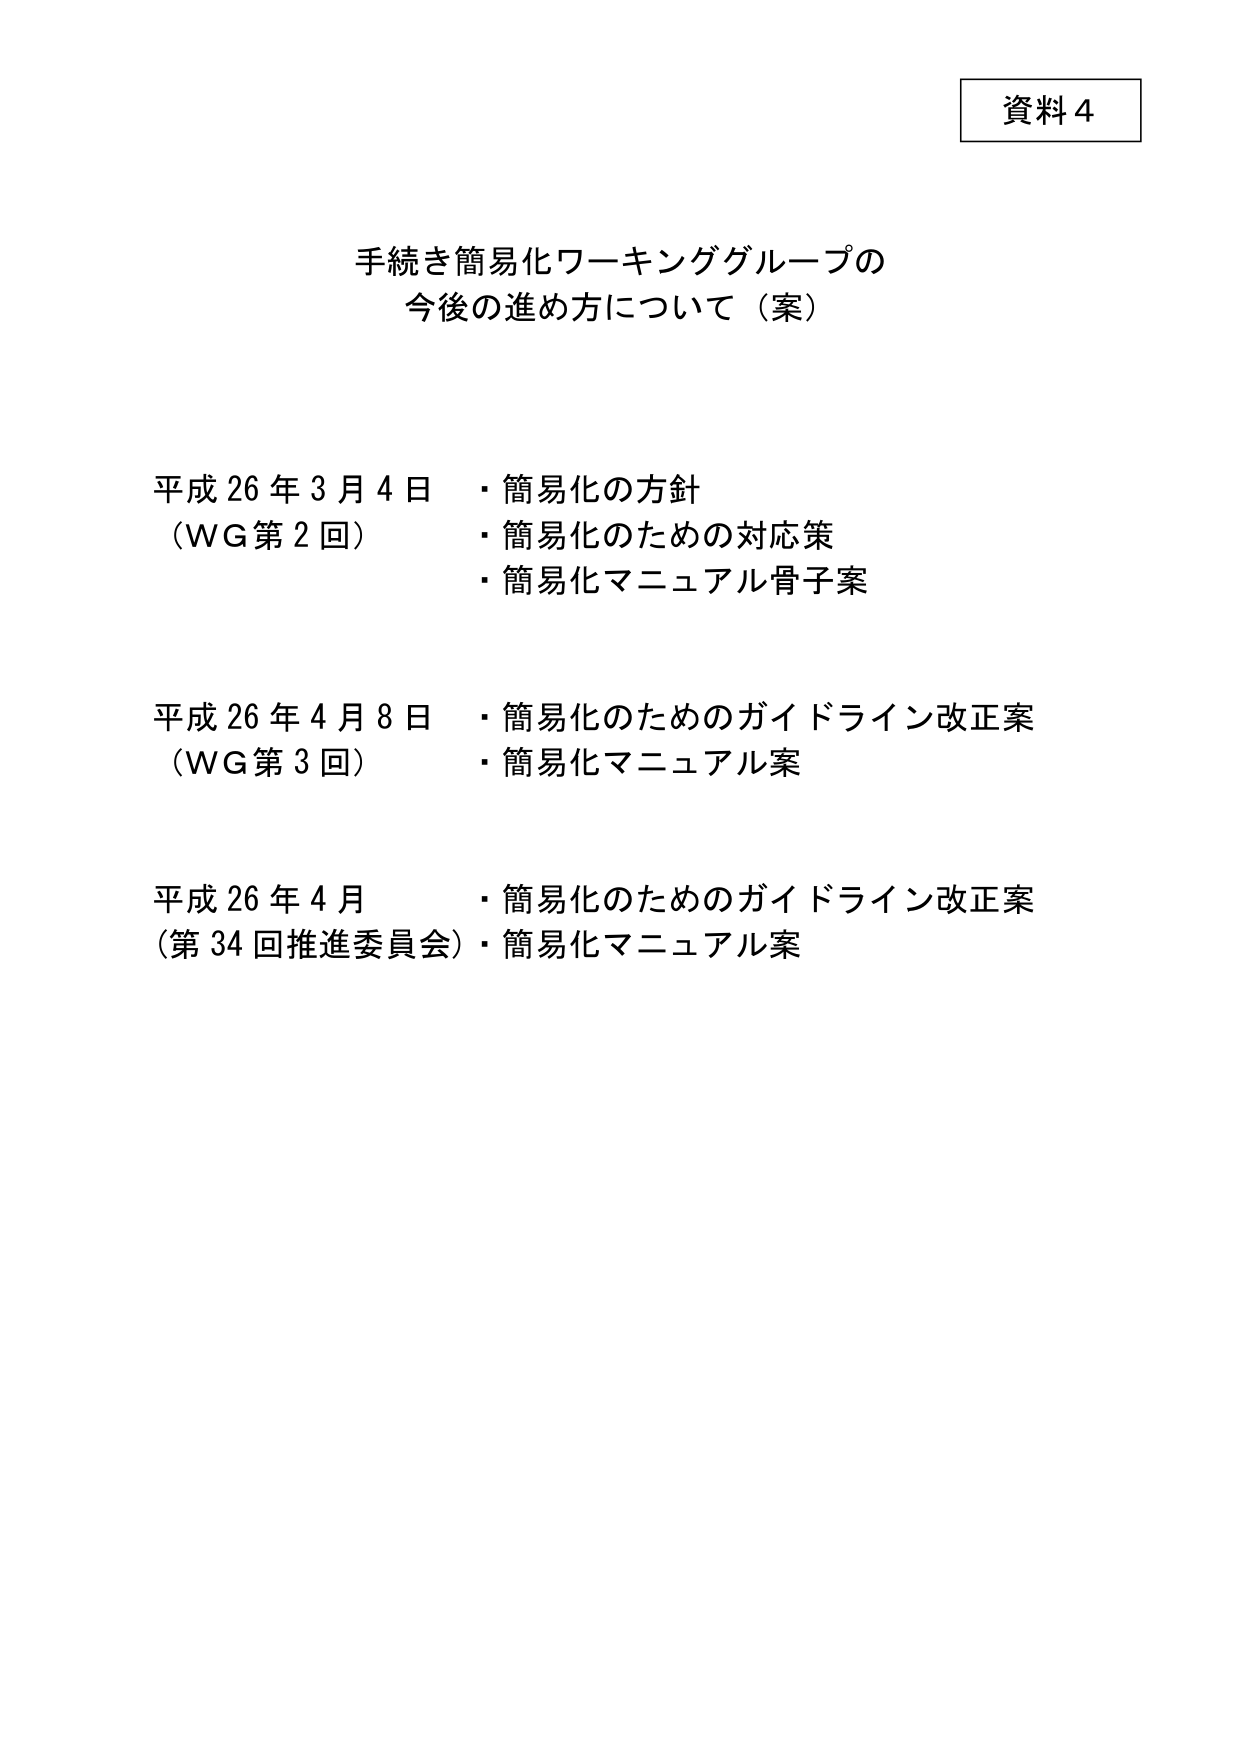
資料4

手続き簡易化ワーキンググループの
今後の進め方について（案）

平成26年3月4日　・簡易化の方針
（WG第2回）　　・簡易化のための対応策
　　　　　　　　・簡易化マニュアル骨子案

平成26年4月8日　・簡易化のためのガイドライン改正案
（WG第3回）　　・簡易化マニュアル案

平成26年4月　　・簡易化のためのガイドライン改正案
（第34回推進委員会）・簡易化マニュアル案